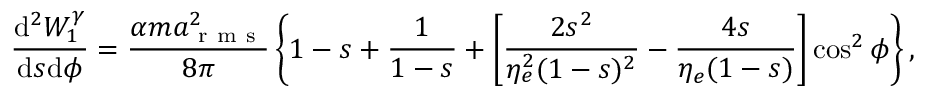
\frac { \mathrm { d } ^ { 2 } W _ { 1 } ^ { \gamma } } { \mathrm { d } s \mathrm { d } \phi } = \frac { \alpha m a _ { \mathrm { ~ r ~ m ~ s ~ } } ^ { 2 } } { 8 \pi } \left\{ 1 - s + \frac { 1 } { 1 - s } + \left[ \frac { 2 s ^ { 2 } } { \eta _ { e } ^ { 2 } ( 1 - s ) ^ { 2 } } - \frac { 4 s } { \eta _ { e } ( 1 - s ) } \right] \cos ^ { 2 } \phi \right\} ,